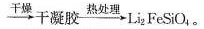
干燥_\longrightarrow 干凝胶 热处理_\longrightarrow Li_{2}FeSiO_{4}。